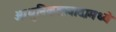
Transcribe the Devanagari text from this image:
आधुनिकतावादामध्ये